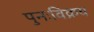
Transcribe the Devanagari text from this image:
पुनःविक्रय